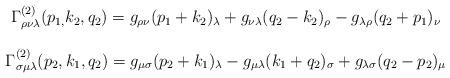
LaTeX: \begin{align*}\begin{array}{c}\Gamma _{\rho \nu \lambda }^{\left( 2\right) }(p_{1,}k_2,q_2)=g_{\rho \nu}(p_1+k_2)_\lambda +g_{\nu \lambda }(q_2-k_2)_\rho -g_{\lambda \rho}(q_2+p_1)_\nu \\ \\ \Gamma _{\sigma \mu \lambda }^{(2)}(p_2,k_1,q_2)=g_{\mu \sigma}(p_2+k_1)_\lambda -g_{\mu \lambda }(k_1+q_2)_\sigma +g_{\lambda \sigma}(q_2-p_2)_\mu\end{array}\end{align*}